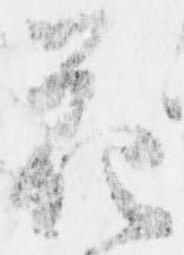
花